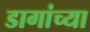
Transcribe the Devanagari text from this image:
डागांच्या